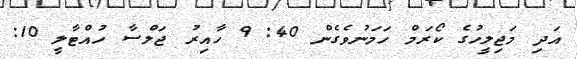
އަދި މަޖިލީހުގެ ކޯރަމް ހަމަނުވެގެން 40: 9 ހާއިރު ޖަލްސާ ހުއްޓާލީ 10: